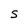
Character: S